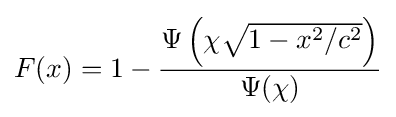
F(x)=1-{\frac {\Psi \left(\chi {\sqrt {1-x^{2}/c^{2}}}\right)}{\Psi (\chi )}}